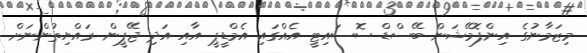
މިޒަމާނުގެ އިންފޮމޭޝަން ބޭސްޑް ސޮސައިޓީ އެއްގައި އެމްޑީޕީ އާއި އަދި ޖޭޕީން ރައްޔިތުންނަށް